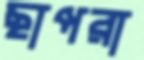
ছাপরা